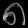
Digit: ၈